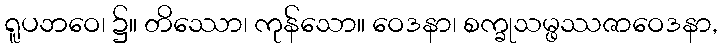
ရူပဘဝေ၊ ၌။ တိဿော၊ ကုန်သော။ ဝေဒနာ၊ စက္ခုသမ္ဖဿဇာဝေဒနာ,